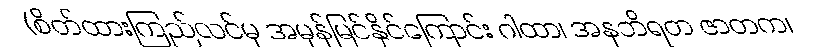
(စိတ်ထားကြည်လင်မှ အမှန်မြင်နိုင်ကြောင်း ဂါထာ၊ အနဘိရတ ဇာတက၊